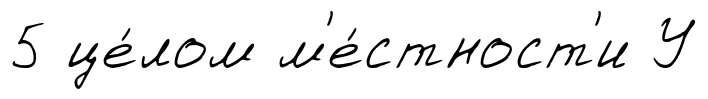
5 це́лом м'е́стност'и У